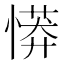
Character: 𢟨